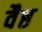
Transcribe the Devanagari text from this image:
वैष्ठ